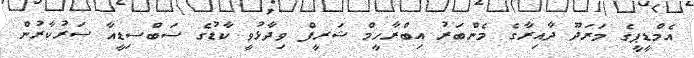
އެމްޑީޕީގެ މަރަދޫ ދާއިރާގެ މެންބަރު އިބްރާހީމް ޝަރީފް ވިދާޅުވީ ކާޑުގެ ސަބްސިޑީއާ ސަރުކާރުން